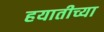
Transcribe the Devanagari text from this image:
हयातीच्या